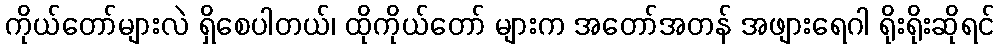
ကိုယ်တော်များလဲ ရှိစေပါတယ်၊ ထိုကိုယ်တော် များက အတော်အတန် အဖျားရေဂါ ရိုးရိုးဆိုရင်